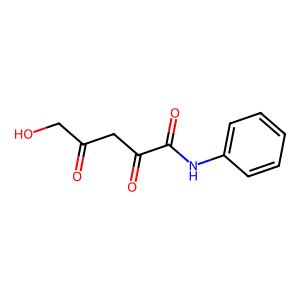
SMILES: O=C(CO)CC(=O)C(=O)Nc1ccccc1
Inhibits HIV replication: No